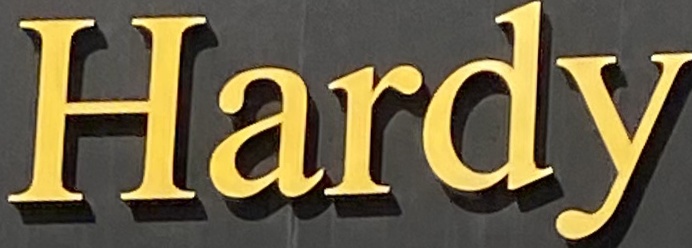
Hardy